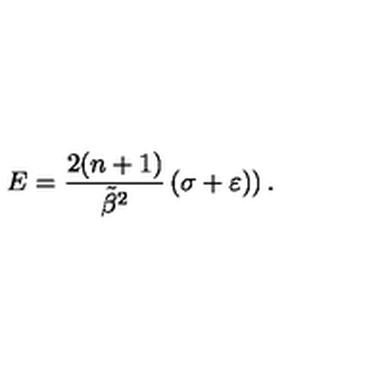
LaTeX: E = \frac { 2 ( n + 1 ) } { \tilde { \beta } ^ { 2 } } \left( \sigma + \varepsilon ) \right) .